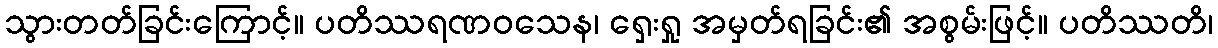
သွားတတ်ခြင်းကြောင့်။ ပတိဿရဏဝသေန၊ ရှေးရှု အမှတ်ရခြင်း၏ အစွမ်းဖြင့်။ ပတိဿတိ၊